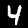
Digit: 4